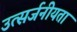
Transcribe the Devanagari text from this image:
उत्सर्जनीयता